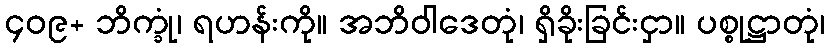
၄၀၉+ ဘိက္ခုံ၊ ရဟန်းကို။ အဘိဝါဒေတုံ၊ ရှိခိုးခြင်းငှာ။ ပစ္စုဋ္ဌာတုံ၊